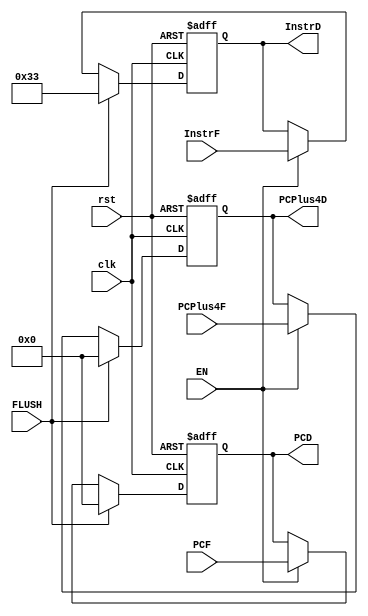
module IF_ID_Reg (
    input       wire       [31:0]       InstrF,
    input       wire       [31:0]       PCF,
    input       wire       [31:0]       PCPlus4F,
    input       wire                    clk,
    input       wire                    rst,
    input       wire                    FLUSH,
    input       wire                    EN, 
    output      reg        [31:0]       InstrD,
    output      reg        [31:0]       PCD,
    output      reg        [31:0]       PCPlus4D
);

always @ (posedge clk or negedge rst)
    begin
        if (!rst)
             begin
                InstrD <= 32'h00000033; //  NOP
                PCD <= 0;
                PCPlus4D <= 0;
            end
        else if (FLUSH)
            begin
                InstrD <= 32'h00000033; //  NOP
                PCD <= 0;
                PCPlus4D <= 0;
            end
        else
            begin
                if (EN)
                    begin
                        InstrD <= InstrF;
                        PCD <= PCF;
                        PCPlus4D <= PCPlus4F;
                    end
            end
    end

endmodule